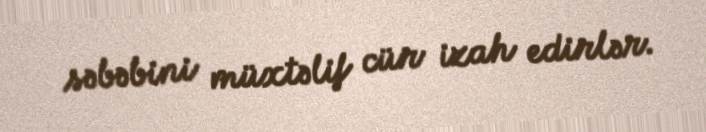
səbəbini müxtəlif cür izah edirlər.